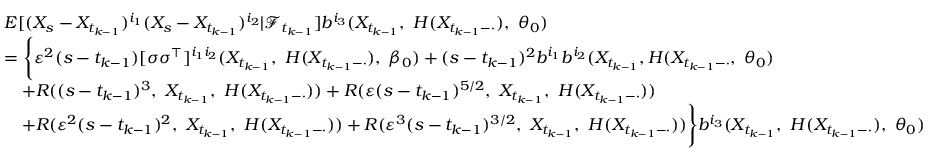
\begin{array} { r l } & { E [ ( X _ { s } - X _ { t _ { k - 1 } } ) ^ { i _ { 1 } } ( X _ { s } - X _ { t _ { k - 1 } } ) ^ { i _ { 2 } } | \mathcal { F } _ { t _ { k - 1 } } ] b ^ { i _ { 3 } } ( X _ { t _ { k - 1 } } , ~ H ( X _ { t _ { k - 1 } - \cdot } ) , ~ \theta _ { 0 } ) } \\ & { = \Bigg \{ \varepsilon ^ { 2 } ( s - t _ { k - 1 } ) [ \sigma \sigma ^ { \top } ] ^ { i _ { 1 } i _ { 2 } } ( X _ { t _ { k - 1 } } , ~ H ( X _ { t _ { k - 1 } - \cdot } ) , ~ \beta _ { 0 } ) + ( s - t _ { k - 1 } ) ^ { 2 } b ^ { i _ { 1 } } b ^ { i _ { 2 } } ( X _ { t _ { k - 1 } } , H ( X _ { t _ { k - 1 } - \cdot } , ~ \theta _ { 0 } ) } \\ & { \quad + R ( ( s - t _ { k - 1 } ) ^ { 3 } , ~ X _ { t _ { k - 1 } } , ~ H ( X _ { t _ { k - 1 } - \cdot } ) ) + R ( \varepsilon ( s - t _ { k - 1 } ) ^ { 5 / 2 } , ~ X _ { t _ { k - 1 } } , ~ H ( X _ { t _ { k - 1 } - \cdot } ) ) } \\ & { \quad + R ( \varepsilon ^ { 2 } ( s - t _ { k - 1 } ) ^ { 2 } , ~ X _ { t _ { k - 1 } } , ~ H ( X _ { t _ { k - 1 } - \cdot } ) ) + R ( \varepsilon ^ { 3 } ( s - t _ { k - 1 } ) ^ { 3 / 2 } , ~ X _ { t _ { k - 1 } } , ~ H ( X _ { t _ { k - 1 } - \cdot } ) ) \Bigg \} b ^ { i _ { 3 } } ( X _ { t _ { k - 1 } } , ~ H ( X _ { t _ { k - 1 } - \cdot } ) , ~ \theta _ { 0 } ) } \end{array}